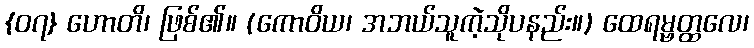
{၀၇} ဟောတိ၊ ဖြစ်၏။ (ကောဝိယ၊ အဘယ်သူကဲ့သိုပနည်း။) ထေရမ္ဗတ္ထလေ၊